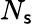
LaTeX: N_{\mathsf{s}}